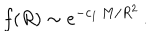
LaTeX: f ( R ) \sim e ^ { - c _ { 1 } \, M / R ^ { 2 } } \, .